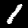
Label: 1